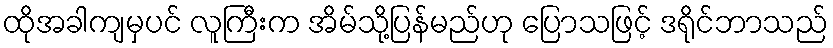
ထိုအခါကျမှပင် လူကြီးက အိမ်သို့ပြန်မည်ဟု ပြောသဖြင့် ဒရိုင်ဘာသည်